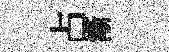
占漸